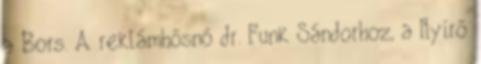
a Bors. A reklámhősnő dr. Funk Sándorhoz, a Nyírő